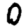
Digit: 0